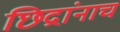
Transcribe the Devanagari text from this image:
छिद्रांनाच